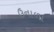
ઉનાળા